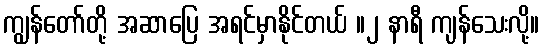
ကျွန်တော်တို့ အဆာပြေ အရင်မှာနိုင်တယ် ။၂ နာရီ ကျန်သေးလို့။